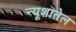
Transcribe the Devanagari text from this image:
न्यूशातेल